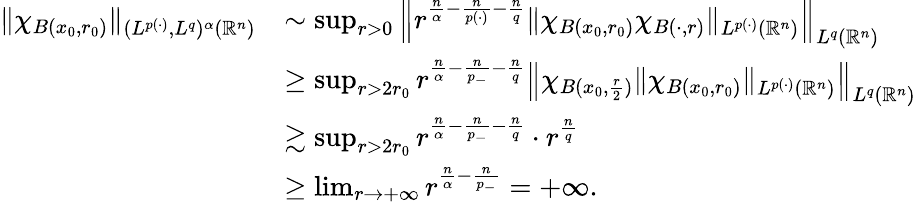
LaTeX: \begin{array}{rl}{\| \chi_{B(x_{0},r_{0})}\| _{(L^{p(\cdot)},L^{q})^{\alpha}(\mathbb{R}^{n})}}&{\sim\operatorname*{sup}_{r>0}\left\| r^{\frac{n}{\alpha}-\frac{n}{p(\cdot)}-\frac{n}{q}}\| \chi_{B(x_{0},r_{0})}\chi_{B(\cdot,r)}\| _{L^{p(\cdot)}(\mathbb{R}^{n})}\right\| _{L^{q}(\mathbb{R}^{n})}}\\ &{\geq\operatorname*{sup}_{r>2r_{0}}r^{\frac{n}{\alpha}-\frac{n}{p_{-}}-\frac{n}{q}}\left\| \chi_{B(x_{0},\frac{r}{2})}\| \chi_{B(x_{0},r_{0})}\| _{L^{p(\cdot)}(\mathbb{R}^{n})}\right\| _{L^{q}(\mathbb{R}^{n})}}\\ &{\gtrsim\operatorname*{sup}_{r>2r_{0}}r^{\frac{n}{\alpha}-\frac{n}{p_{-}}-\frac{n}{q}}\cdot r^{\frac{n}{q}}}\\ &{\geq\operatorname*{lim}_{r\rightarrow+\infty}r^{\frac{n}{\alpha}-\frac{n}{p_{-}}}=+\infty.}\end{array}